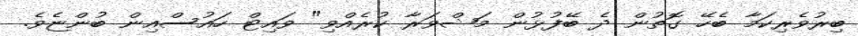
ބިރުވެރިކަމާ ބެހޭ ގޮތުން ދެ ބޭފުޅުން މަޝްވަރާ ކުރެއްވި" ވައިޓް ހައުސްއިން ބުންޏެވެ.